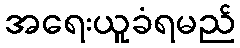
အရေးယူခံရမည်